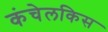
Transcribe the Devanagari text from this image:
कंचेलकिस